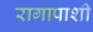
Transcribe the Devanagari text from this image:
रागापाशी